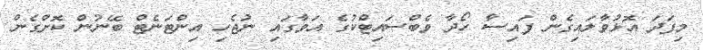
މިފަދަ އޮޅުވާލައިގެން ފައިސާ ހޯދާ ވެބްސައިޓްކުގެ އަވާގައި ނުޖެހި އިންޓަނެޓް ބޭނުން ކޮށްގެން